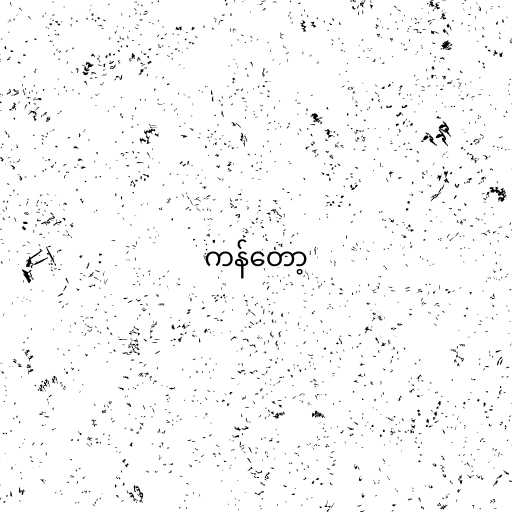
ကန်တော့